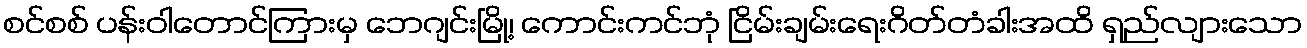
စင်စစ် ပန်းဝါတောင်ကြားမှ ဘေဂျင်းမြို့၊ ကောင်းကင်ဘုံ ငြိမ်းချမ်းရေးဂိတ်တံခါးအထိ ရှည်လျားသော